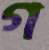
গ